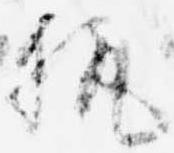
執